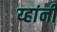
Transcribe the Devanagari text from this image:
य्हांनी